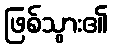
ဖြစ်သွား၏